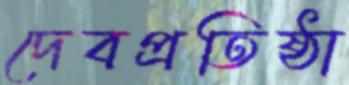
দেবপ্রতিষ্ঠা